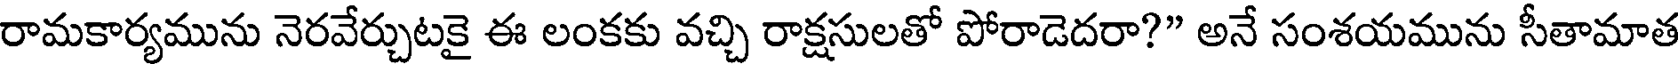
రామకార్యమును నెరవేర్చుటకై ఈ లంకకు వచ్చి రాక్షసులతో పోరాడెదరా?" అనే సంశయమును సీతామాత